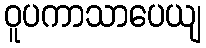
ဝူပကာသာပေယျ